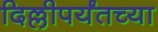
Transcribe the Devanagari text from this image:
दिल्लीपर्यंतच्या